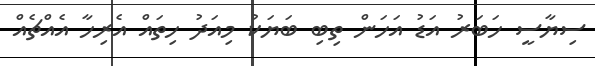
ސިޔާސީ ހަބަރު އަޑު އަހަން ތިބި ބަޔަކު މިއަދު ހިތައް އެރިހާ އެއްޗެއް